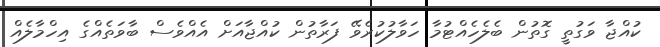
ކުއްޖާ ވަގުތީ ގޮތުން ބެލެހެއްޓުމާ ހަވާލުކުރެވޭ ފަރާތުން ކުއްޖާއަށް އެއްވެސް ބާވަތެއްގެ އިހްމާލެއް